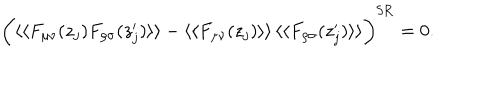
\bigg ( \langle \langle F _ { \mu \nu } ( z _ { j } ) F _ { \rho \sigma } ( z _ { j } ^ { \prime } ) \rangle \rangle - \langle \langle F _ { \mu \nu } ( z _ { j } ) \rangle \rangle \, \langle \langle F _ { \rho \sigma } ( z _ { j } ^ { \prime } ) \rangle \rangle \bigg ) ^ { \mathrm { S R } } = 0 .